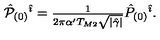
{ \hat { \cal P } } _ { ( 0 ) } { } ^ { \hat { \imath } } = { \textstyle \frac { 1 } { 2 \pi \alpha ^ { \prime } T _ { M 2 } \sqrt { | \hat { \gamma } | } } } { \hat { P } } _ { ( 0 ) } { } ^ { \hat { \imath } } .